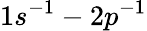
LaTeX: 1s^{-1}-2p^{-1}